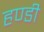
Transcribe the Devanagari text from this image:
हण्डी